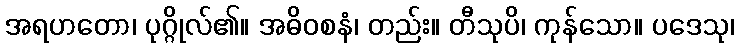
အရဟတော၊ ပုဂ္ဂိုလ်၏။ အဓိဝစနံ၊ တည်း။ တီသုပိ၊ ကုန်သော။ ပဒေသု၊